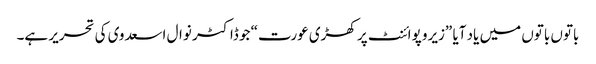
باتوں باتوں میں یاد آیا ”زیرو پوائنٹ پر کھڑی عورت“ جو ڈاکٹر نوال اسعدوی کی تحریر ہے۔